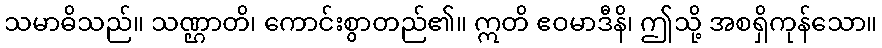
သမာဓိသည်။ သဏ္ဌာတိ၊ ကောင်းစွာတည်၏။ ဣတိ ဧဝမာဒီနိ၊ ဤသို့ အစရှိကုန်သော။